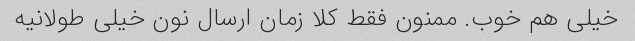
خیلی هم خوب. ممنون فقط کلا زمان ارسال نون خیلی طولانیه